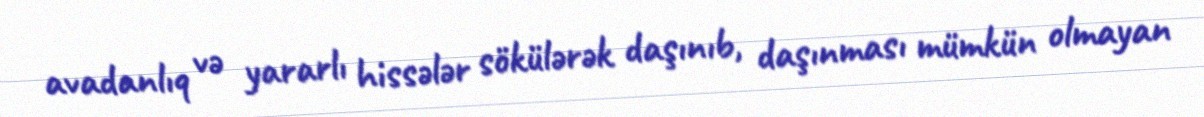
avadanlıq və yararlı hissələr sökülərək daşınıb, daşınması mümkün olmayan